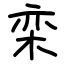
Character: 栾